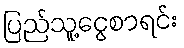
ပြည်သူ့ငွေစာရင်း